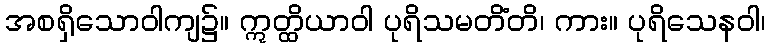
အစရှိသောဝါကျ၌။ ဣတ္ထိယာဝါ ပုရိသမတိံတိ၊ ကား။ ပုရိသေနဝါ၊